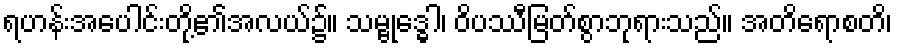
ရဟန်းအပေါင်းတို့၏အလယ်၌။ သမ္ဗုဒ္ဓေါ၊ ဝိပဿီမြတ်စွာဘုရားသည်။ အတိရောစတိ၊